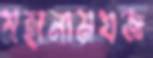
মহানামযজ্ঞ